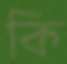
কি